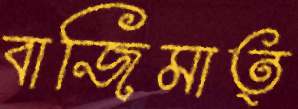
বাজিমাত্